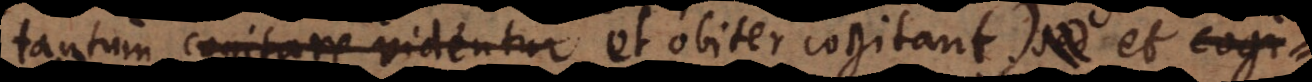
tantum, cogitare videntur et obiter cogitant) sed et cog